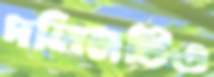
দলিলটিও